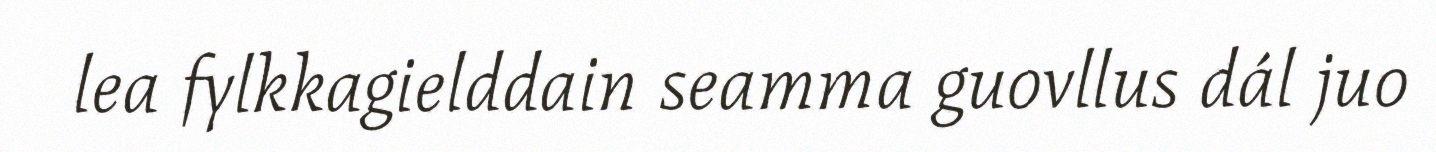
lea fylkkagielddain seamma guovllus dál juo